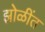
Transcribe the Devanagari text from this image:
झोळींत